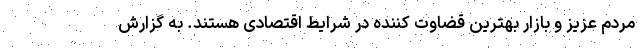
مردم عزیز و بازار بهترین قضاوت کننده در شرایط اقتصادی هستند. به گزارش